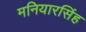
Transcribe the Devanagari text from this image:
मनियारसिंह